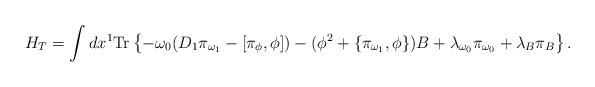
LaTeX: \begin{align*}H_T = \int dx^1 \mbox{Tr} \left\{ - \omega_0 ( D_1 \pi_{\omega_1} - [ \pi_{\phi} , \phi ] ) - ( \phi^2 + \{ \pi_{\omega_1} , \phi \} ) B + \lambda_{\omega_0} \pi_{\omega_0} + \lambda_B \pi_B \right\}.\end{align*}